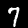
Label: 7